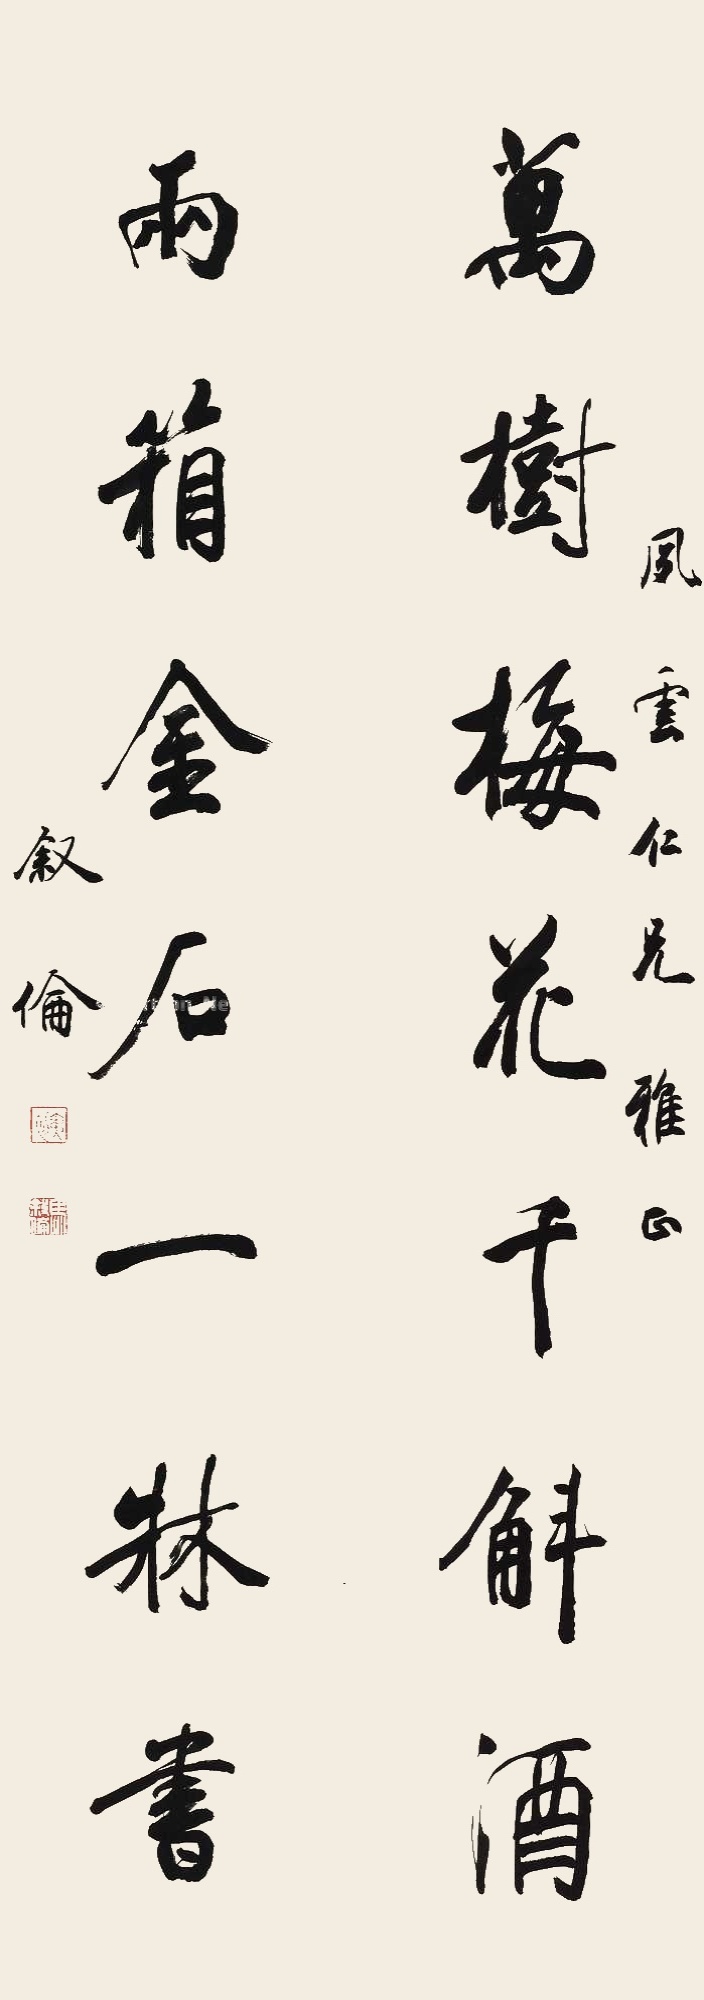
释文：万树梅花千斛酒，两箱金石一床书。夙云仁兄雅正。叙伦。